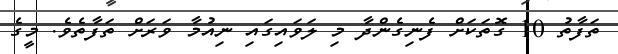
ތަފާތު 10 ގޮތަކަށް ފެނިގެންދާ މި ލަވައިގައި ނިއުމާ ވަރަށް ތަފާތެވެ. މީގެ